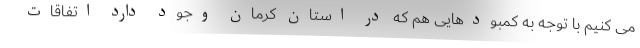
می کنیم با توجه به کمبودهایی هم که در استان کرمان وجود دارد اتفاقات